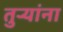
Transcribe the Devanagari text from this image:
तुऱ्यांना